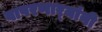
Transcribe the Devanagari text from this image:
वापरणार्‍यांनी